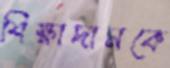
শিক্ষাদানকে